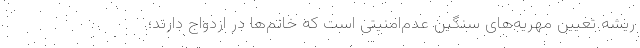
ریشه تعیین مهریه‌های سنگین عدم‌امنیتی است که خانم‌ها در ازدواج دارند؛